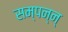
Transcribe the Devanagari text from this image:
सम्पन्न्